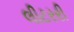
લીટરરી